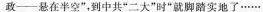
政--悬在半空”，到中共”二大”时”就脚踏实地了……